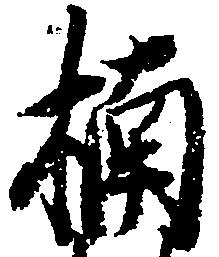
楠